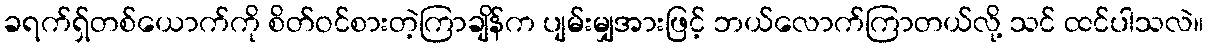
ခရက်ရှ်တစ်ယောက်ကို စိတ်ဝင်စားတဲ့ကြာချိန်က ပျမ်းမျှအားဖြင့် ဘယ်လောက်ကြာတယ်လို့ သင် ထင်ပါသလဲ။